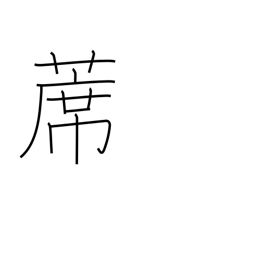
Meaning: straw mat